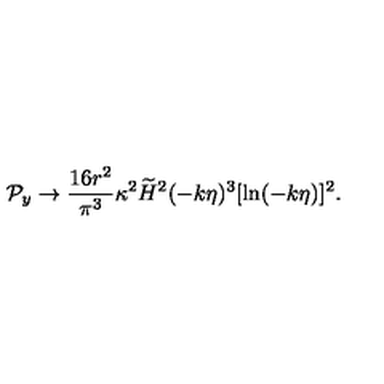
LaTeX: { \cal P } _ { y } \to { \frac { 1 6 r ^ { 2 } } { \pi ^ { 3 } } } \kappa ^ { 2 } \widetilde { H } ^ { 2 } ( - k \eta ) ^ { 3 } [ \ln ( - k \eta ) ] ^ { 2 } .